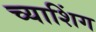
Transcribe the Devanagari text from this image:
च्याशिंग